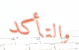
والتأكد